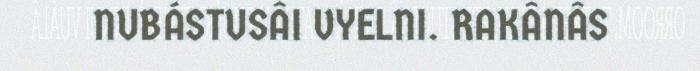
NUBÁSTUSÂI VYELNI. RAKÂNÂS